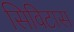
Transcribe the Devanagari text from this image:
सिविटास